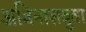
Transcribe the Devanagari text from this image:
अविनाशबुवा